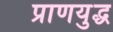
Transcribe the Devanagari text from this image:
प्राणयुद्ध